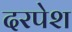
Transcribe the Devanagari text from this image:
दरपेश